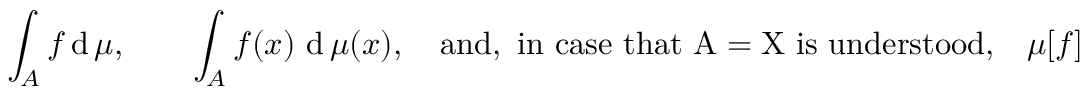
\int _ { A } f \operatorname { d } \mu , \qquad \int _ { A } f ( x ) \, \operatorname { d } \mu ( x ) , \quad { \mathrm { a n d , ~ i n ~ c a s e ~ t h a t ~ A = X ~ i s ~ u n d e r s t o o d , } } \quad \mu [ f ]